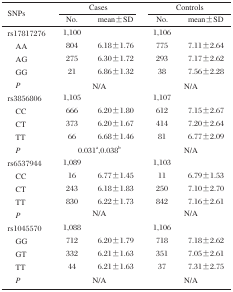
| <ROWSPAN=2> SNPs | <COLSPAN=2> Cases | <COLSPAN=2> Controls |
 | No. | mean±SD | No. | mean ± SD |
 | --- | --- | --- | --- | --- |
 | rs17817276 | 1,100 |  | 1,106 |  |
 | AA | 804 | 6.18 ±1.76 | 775 | 7.11 ± 2.64 |
 | AG | 275 | 6.30 ±1.72 | 293 | 7.17 ± 2.62 |
 | GG | 21 | 6.86 ±1.32 | 38 | 7.56 ± 2.28 |
 | P | <COLSPAN=2> N/A | <COLSPAN=2> N/A |
 | rs3856806 | 1,105 |  | 1,107 |  |
 | CC | 666 | 6.20 ±1.80 | 612 | 7.15 ± 2.67 |
 | CT | 373 | 6.20 ±1.67 | 414 | 7.20 ± 2.64 |
 | TT | 66 | 6.68 ±1.46 | 81 | 6.77 ± 2.09 |
 | P | <COLSPAN=2> 0.031a,0.038b | <COLSPAN=2> N/A |
 | rs6537944 | 1,089 |  | 1,103 |  |
 | CC | 16 | 6.77 ±1.45 | 11 | 6.79 ± 1.53 |
 | CT | 243 | 6.18 ±1.83 | 250 | 7.10 ± 2.70 |
 | TT | 830 | 6.22 ±1.73 | 842 | 7.16 ± 2.61 |
 | P | <COLSPAN=2> N/A | <COLSPAN=2> N/A |
 | Rs1045570 | 1,088 |  | 1,106 |  |
 | GG | 712 | 6.20 ±1.79 | 718 | 7.18 ± 2.62 |
 | GT | 332 | 6.21 ± 1.63 | 351 | 7.05 ± 2.61 |
 | TT | 44 | 6.21 ± 1.63 | 37 | 7.31 ± 2.75 |
 | P | <COLSPAN=2> N/A | <COLSPAN=2> N/A |